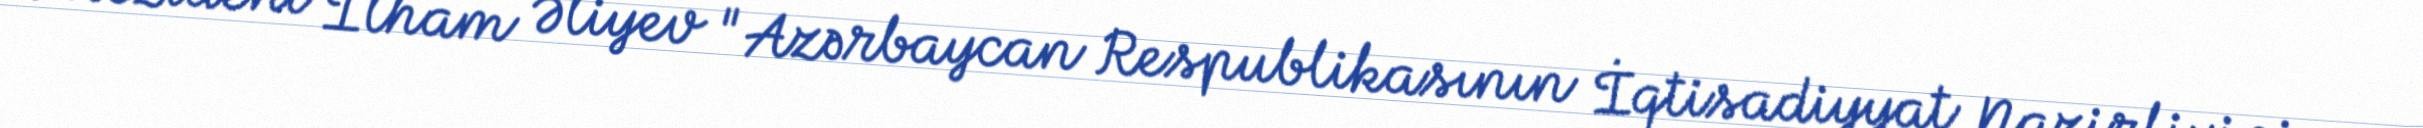
Prezident İlham Əliyev "Azərbaycan Respublikasının İqtisadiyyat Nazirliyinin